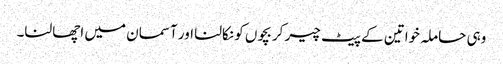
وہی حاملہ خواتین کے پیٹ چیر کر بچوں کو نکالنا اور آسمان میں اچھالنا۔